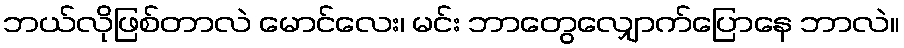
ဘယ်လိုဖြစ်တာလဲ မောင်လေး၊ မင်း ဘာတွေလျှောက်ပြောနေ ဘာလဲ။